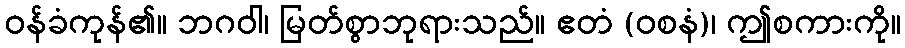
ဝန်ခံကုန်၏။ ဘဂဝါ၊ မြတ်စွာဘုရားသည်။ ဧတံ (ဝစနံ)၊ ဤစကားကို။